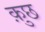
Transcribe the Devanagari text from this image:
क़ुछ